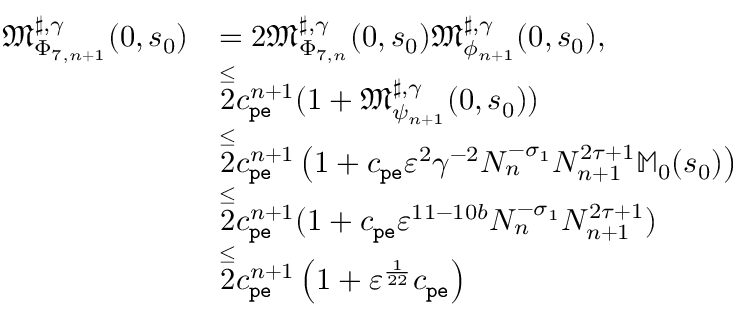
\begin{array} { r l } { \mathfrak { M } _ { \Phi _ { 7 , n + 1 } } ^ { \sharp , \gamma } ( 0 , s _ { 0 } ) } & { = 2 \mathfrak { M } _ { \Phi _ { 7 , n } } ^ { \sharp , \gamma } ( 0 , s _ { 0 } ) \mathfrak { M } _ { \phi _ { n + 1 } } ^ { \sharp , \gamma } ( 0 , s _ { 0 } ) , } \\ & { \overset \le 2 c _ { \mathtt { p e } } ^ { n + 1 } ( 1 + \mathfrak { M } _ { \psi _ { n + 1 } } ^ { \sharp , \gamma } ( 0 , s _ { 0 } ) ) } \\ & { \overset \le 2 c _ { \mathtt { p e } } ^ { n + 1 } \left( 1 + c _ { \mathtt { p e } } \varepsilon ^ { 2 } \gamma ^ { - 2 } N _ { n } ^ { - \sigma _ { 1 } } N _ { n + 1 } ^ { 2 \tau + 1 } \mathbb { M } _ { 0 } ( s _ { 0 } ) \right) } \\ & { \overset \le 2 c _ { \mathtt { p e } } ^ { n + 1 } ( 1 + c _ { \mathtt { p e } } \varepsilon ^ { 1 1 - 1 0 b } N _ { n } ^ { - \sigma _ { 1 } } N _ { n + 1 } ^ { 2 \tau + 1 } ) } \\ & { \overset \le 2 c _ { \mathtt { p e } } ^ { n + 1 } \left( 1 + \varepsilon ^ { \frac { 1 } { 2 2 } } c _ { \mathtt { p e } } \right) } \end{array}